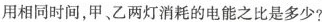
相同时间，甲、乙两灯消耗的电能之比是多少?